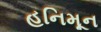
હનિમૂન